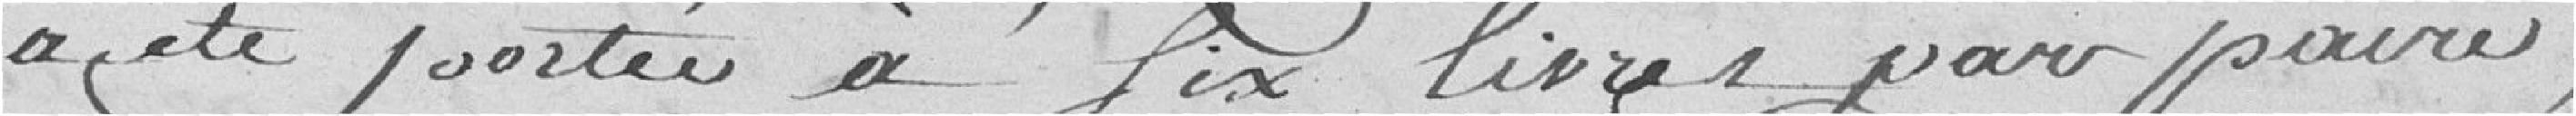
a été portés à six livres par paires